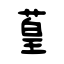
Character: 葟